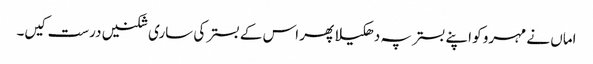
اماں نے مہرو کو اپنے بستر پہ دھکیلا پھر اس کے بستر کی ساری شکنیں درست کیں۔